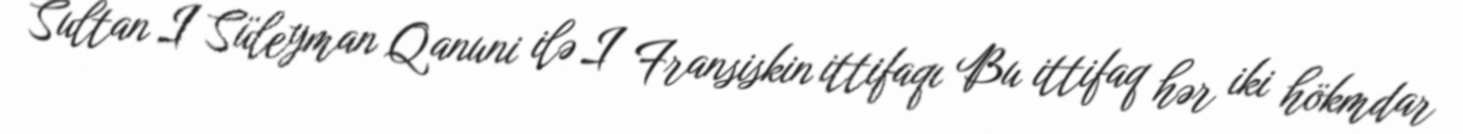
Sultan I Süleyman Qanuni ilə I Fransiskin ittifaqı Bu ittifaq hər iki hökmdar